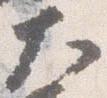
大